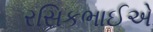
રસિકભાઈએ